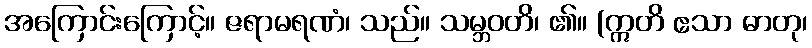
အကြောင်းကြောင့်။ ဇရာမရဏံ၊ သည်။ သမ္ဘဝတိ၊ ၏။ (ဣတိ ဧသာ ဓာတု၊